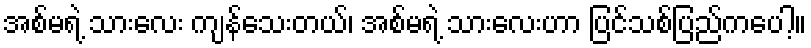
အစ်မရဲ့ သားလေး ကျန်သေးတယ်၊ အစ်မရဲ့ သားလေးဟာ ပြင်သစ်ပြည်ကပေါ့။